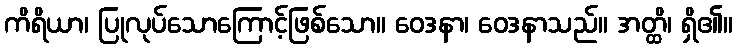
ကိရိယာ၊ ပြုလုပ်သောကြောင့်ဖြစ်သော။ ဝေဒနာ၊ ဝေဒနာသည်။ အတ္ထိ၊ ရှိ၏။